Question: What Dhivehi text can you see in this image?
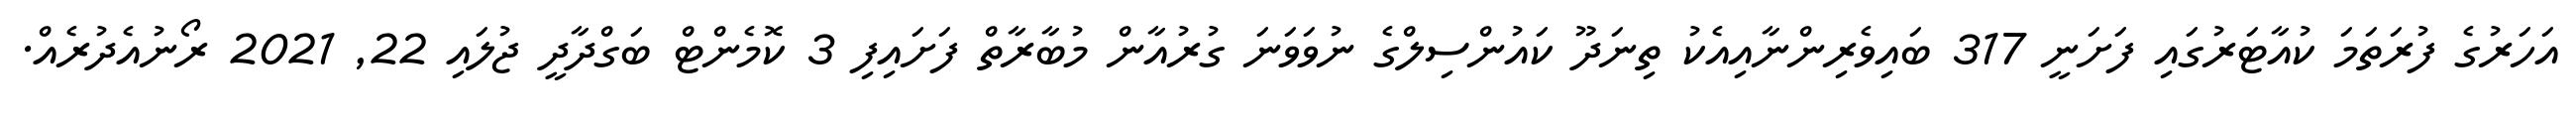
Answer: އަހަރުގެ ފުރަތަމަ ކުއާޓަރުގައި ފަށަނީ 317 ބައިވެރިންނާއިއެކު ތިނަދޫ ކައުންސިލްގެ ނުވަވަނަ ގުރުއާން މުބާރާތް ފަށައިފި 3 ކޮމެންޓް ބަގްދާދީ ޖުލައި 22, 2021 ރޯނުއެދުރެއް.